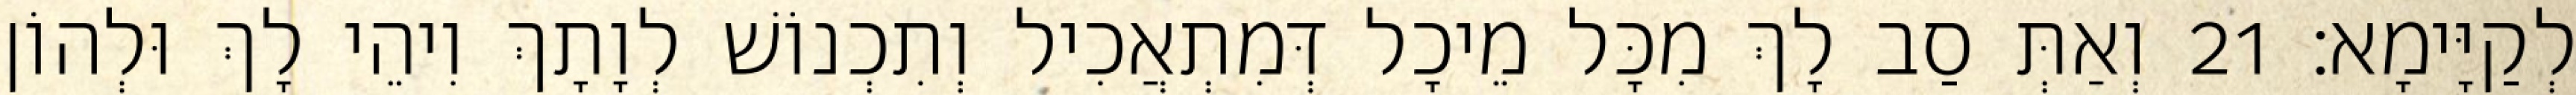
לְקַיָּימָא׃ 21 וְאַתְּ סַב לָךְ מִכָּל מֵיכָל דְּמִתְאֲכִיל וְתִכְנוֹשׁ לְוָתָךְ וִיהֵי לָךְ וּלְהוֹן